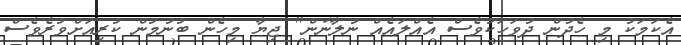
އެކަމަކު މި ހެދުން ދުވަހަކުވެސް އެއްލައެއް ނުލާނަން" ޖިޔާ މިހެން ބުނުމުން ކުރިއަށްވުރެވެސް